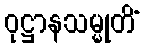
ဝုဋ္ဌာနသမ္မုတိံ